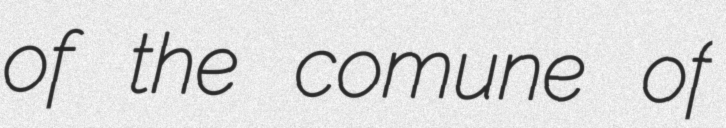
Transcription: of the comune of